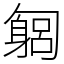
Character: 匔